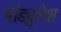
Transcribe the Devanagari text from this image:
मॉड्युलेश